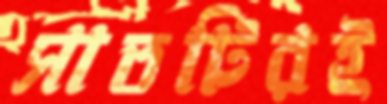
সাতটিরই